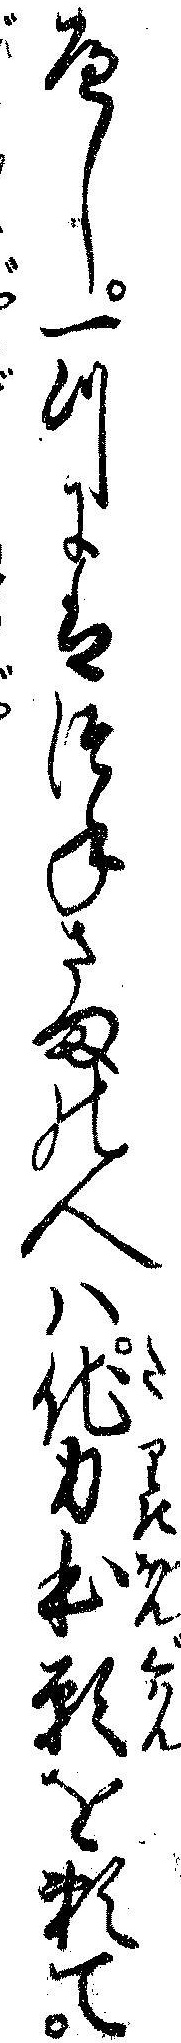
へし一つにはつねさまの人ハ他力本願を頼て